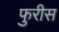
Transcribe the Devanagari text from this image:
फुरीस